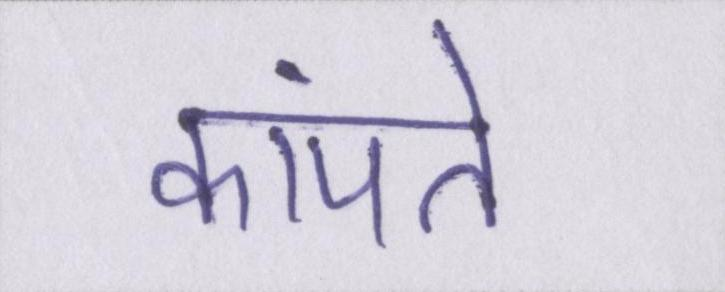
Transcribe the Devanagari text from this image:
कांपते